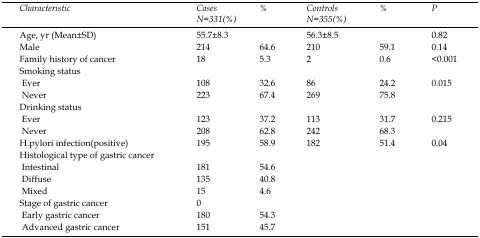
<table><thead><tr><td rowspan="2"><b><i>Characteristic</i></b></td><td><b><i>Cases</i></b></td><td rowspan="2"><b><i>%</i></b></td><td><b><i>Controls</i></b></td><td rowspan="2"><b><i>%</i></b></td><td rowspan="2"><b><i>P</i></b></td></tr><tr><td><b><i>N=331(%)</i></b></td><td><b><i>N=355(%)</i></b></td></tr></thead><tbody><tr><td>Age, yr (Mean±SD)</td><td>55.7±8.3</td><td></td><td>56.3±8.5</td><td></td><td>0.82</td></tr><tr><td>Male</td><td>214</td><td>64.6</td><td>210</td><td>59.1</td><td>0.14</td></tr><tr><td>Family history of cancer</td><td>18</td><td>5.3</td><td>2</td><td>0.6</td><td>&lt;0.001</td></tr><tr><td>Smoking status</td><td></td><td></td><td></td><td></td><td></td></tr><tr><td> Ever</td><td>108</td><td>32.6</td><td>86</td><td>24.2</td><td>0.015</td></tr><tr><td> Never</td><td>223</td><td>67.4</td><td>269</td><td>75.8</td><td></td></tr><tr><td>Drinking status</td><td></td><td></td><td></td><td></td><td></td></tr><tr><td> Ever</td><td>123</td><td>37.2</td><td>113</td><td>31.7</td><td>0.215</td></tr><tr><td> Never</td><td>208</td><td>62.8</td><td>242</td><td>68.3</td><td></td></tr><tr><td>H.pylori infection(positive)</td><td>195</td><td>58.9</td><td>182</td><td>51.4</td><td>0.04</td></tr><tr><td>Histological type of gastric cancer</td><td></td><td></td><td></td><td></td><td></td></tr><tr><td> Intestinal</td><td>181</td><td>54.6</td><td></td><td></td><td></td></tr><tr><td> Diffuse</td><td>135</td><td>40.8</td><td></td><td></td><td></td></tr><tr><td> Mixed</td><td>15</td><td>4.6</td><td></td><td></td><td></td></tr><tr><td>Stage of gastric cancer</td><td>0</td><td></td><td></td><td></td><td></td></tr><tr><td> Early gastric cancer</td><td>180</td><td>54.3</td><td></td><td></td><td></td></tr><tr><td> Advanced gastric cancer</td><td>151</td><td>45.7</td><td></td><td></td><td></td></tr></tbody></table>